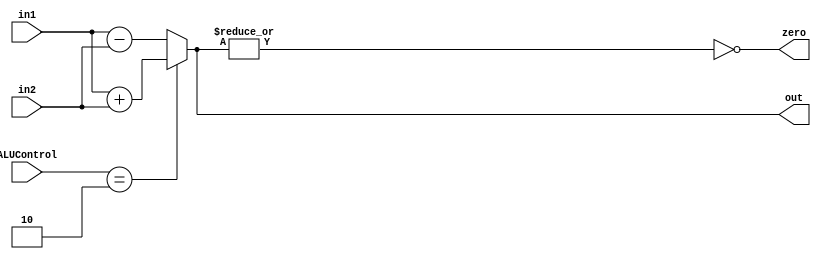
module alu ( input [63:0] in1, in2, input [2:0] ALUControl,
             output reg [63:0] out, output reg zero
            );

    assign zero = ~|out;
    always @(*) begin
        if (ALUControl == 3'b010) begin
            out <= in1 + in2;
        end
        else begin
            out <= in1 - in2;
        end
    end
endmodule